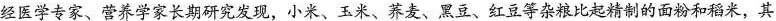
经医学专家、营养学家长期研究发现，小米、玉米、荞麦、黑豆、红豆等杂粮比起精制的面粉和稻米，其